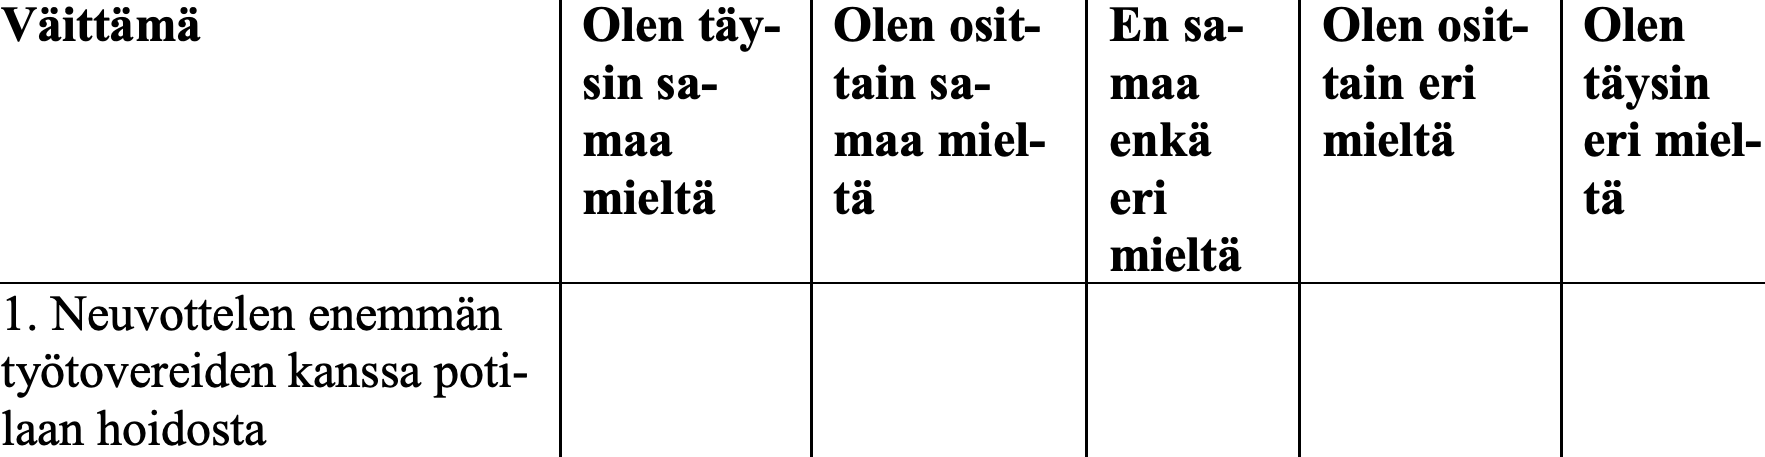
Väittämä           Olen täy- Olen osit- En sa- Olen osit- Olen sin sa- tain sa- maa    tain eri täysin maa     maa miel- enkä  mieltä   eri miel- mieltä  tä       eri             tä mieltä 1. Neuvottelen enemmän työtovereiden kanssa poti- laan hoidosta